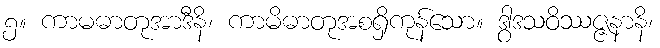
၅။ ကာမဓာတုအာဒီနိ၊ ကာမိဓာတုအစရှိကုန်သော။ ဒွါဒသဝိဿဇ္ဇနာနိ၊